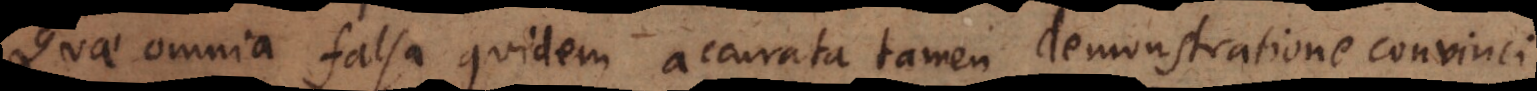
Quae omnia falsa quidem accurata tamen demonstratione convinci